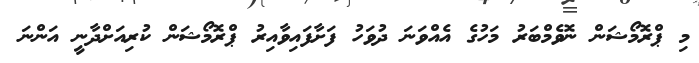
މި ޕްރޮމޯޝަން ނޮވެމްބަރު މަހުގެ އެއްވަނަ ދުވަހު ފަށާފައިވާއިރު ޕްރޮމޯޝަން ކުރިއަށްދާނީ އަންނަ